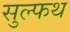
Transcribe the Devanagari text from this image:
सुल्फथ